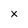
Character: x